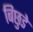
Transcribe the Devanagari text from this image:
बिछुडे